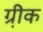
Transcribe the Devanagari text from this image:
ग्री़क